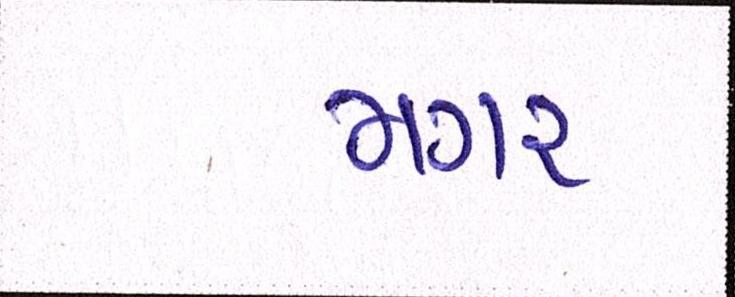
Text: મગર